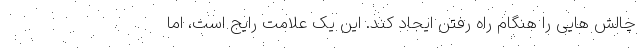
چالش هایی را هنگام راه رفتن ایجاد کند. این یک علامت رایج است، اما